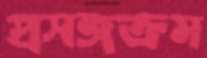
প্রসঙ্গক্রম